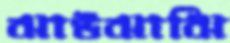
ঝাউঝাঝি